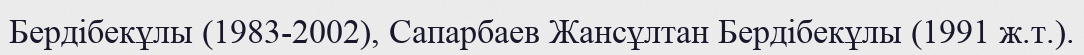
Бердібекұлы (1983-2002), Сапарбаев Жансұлтан Бердібекұлы (1991 ж.т.).